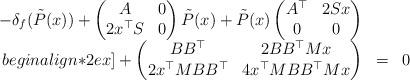
LaTeX: \begin{align*} \begin{array}{rcl} - \delta_f (\tilde{P}(x)) +\begin{pmatrix} A & 0 \\ 2 x^\top S & 0 \\ \end{pmatrix} \tilde{P}(x)+ \tilde{P}(x) \begin{pmatrix} A^\top & 2Sx \\ 0 & 0 \\ \end{pmatrix} & & \\begin{align*}2ex]+ \begin{pmatrix} BB^\top & 2BB^\top Mx \\ 2 x^\top M BB^\top & 4 x^\top M B B^\top M x \\ \end{pmatrix} & = & 0 \\ \end{array}\end{align*}